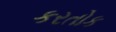
કરતોક